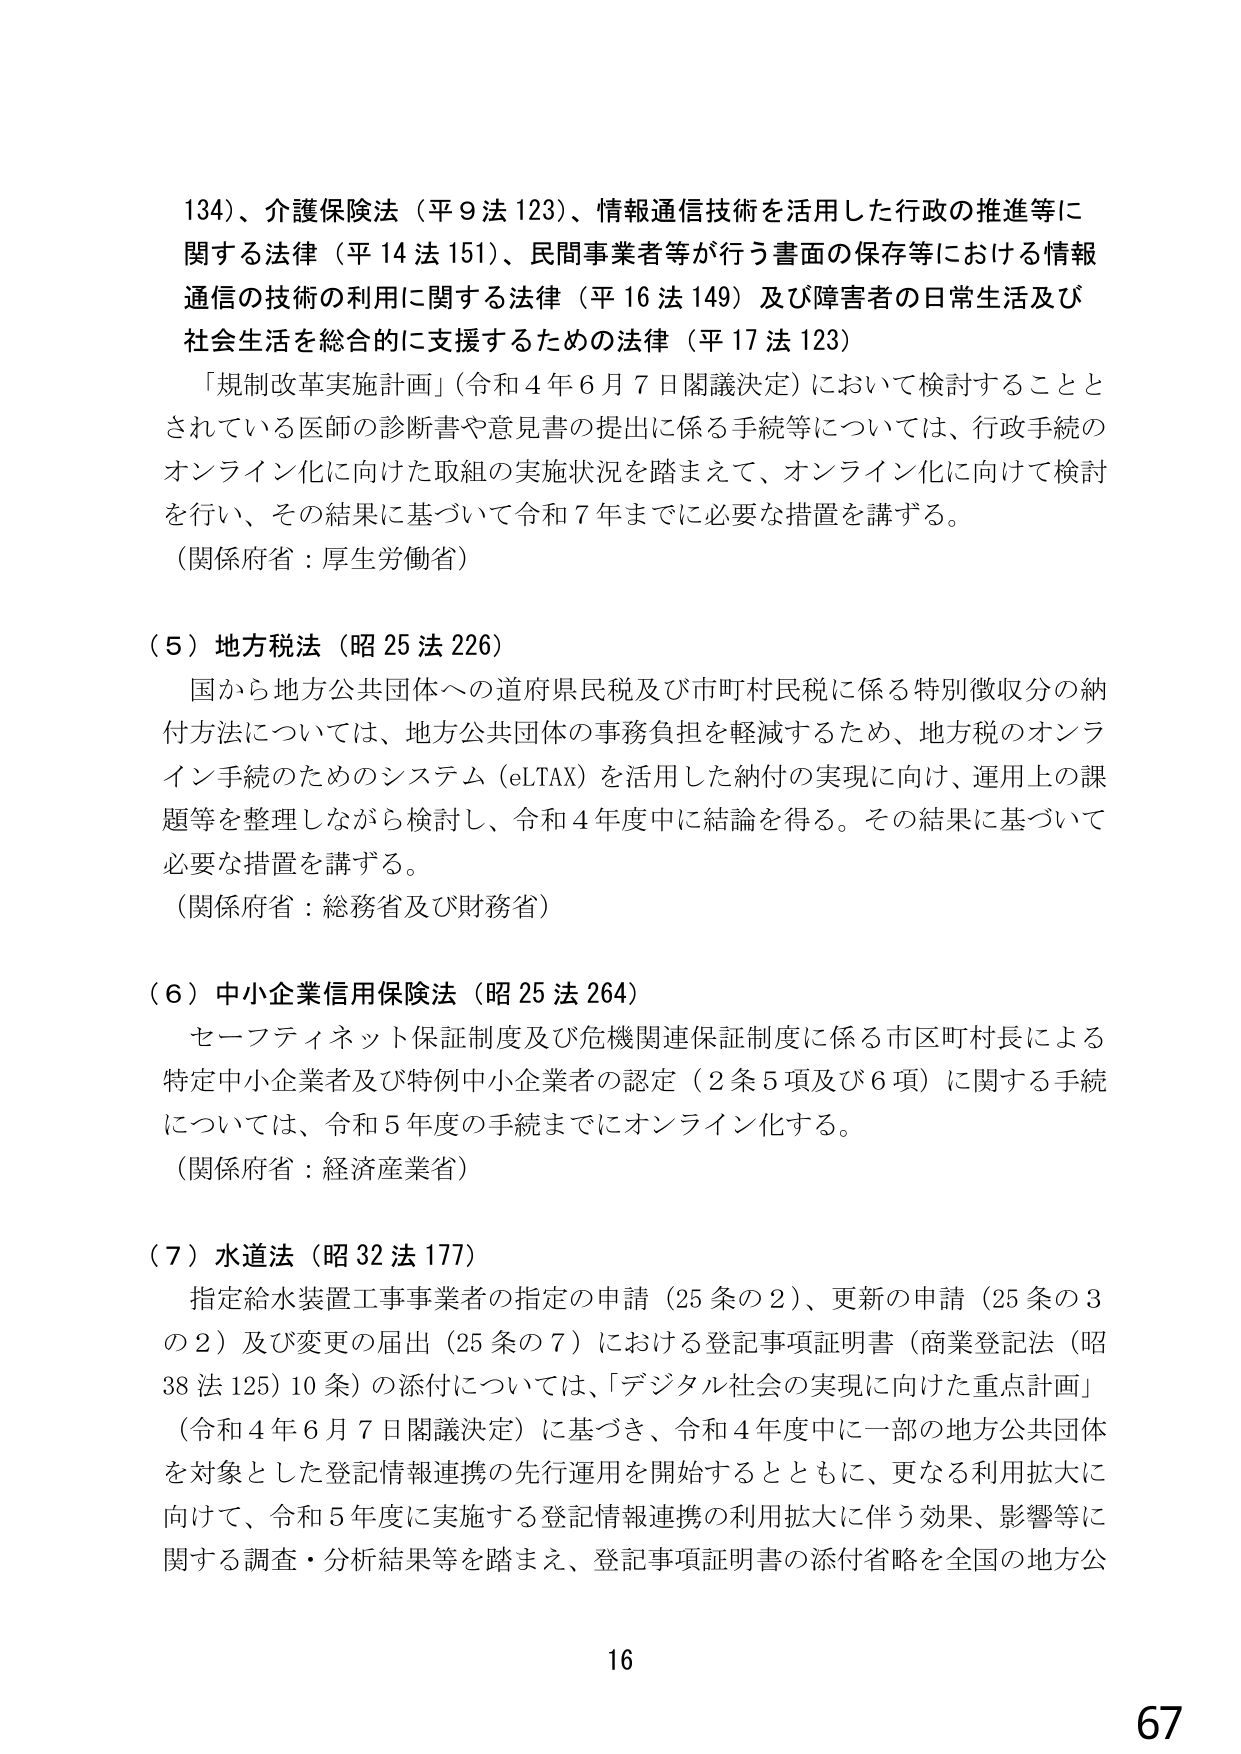
134）、介護保険法（平９法123）、情報通信技術を活用した行政の推進等に関する法律（平14法151）、民間事業者等が行う書面の保存等における情報通信の技術の利用に関する法律（平16法149）及び障害者の日常生活及び社会生活を総合的に支援するための法律（平17法123）

「規制改革実施計画」（令和4年6月7日閣議決定）において検討することとされている医師の診断書や意見書の提出に係る手続等については、行政手続のオンライン化に向けた取組の実施状況を踏まえて、オンライン化に向けて検討を行い、その結果に基づいて令和7年までに必要な措置を講ずる。

（関係府省：厚生労働省）

（５）地方税法（昭25法226）

国から地方公共団体への道府県民税及び市町村民税に係る特別徴収分の納付方法については、地方公共団体の事務負担を軽減するため、地方税のオンライン手続のためのシステム（eLTAX）を活用した納付の実現に向け、運用上の課題等を整理しながら検討し、令和4年度中に結論を得る。その結果に基づいて必要な措置を講ずる。

（関係府省：総務省及び財務省）

（６）中小企業信用保険法（昭25法264）

セーフティネット保証制度及び危機関連保証制度に係る市区町村長による特定中小企業者及び特例中小企業者の認定（2条5項及び6項）に関する手続については、令和5年度の手続までにオンライン化する。

（関係府省：経済産業省）

（７）水道法（昭32法177）

指定給水装置工事事業者の指定の申請（25条の2）、更新の申請（25条の3の2）及び変更の届出（25条の7）における登記事項証明書（商業登記法（昭38法125）10条）の添付については、「デジタル社会の実現に向けた重点計画」（令和4年6月7日閣議決定）に基づき、令和4年度中に一部の地方公共団体を対象とした登記情報連携の先行運用を開始するとともに、更なる利用拡大に向けて、令和5年度に実施する登記情報連携の利用拡大に伴う効果、影響等に関する調査・分析結果等を踏まえ、登記事項証明書の添付省略を全国の地方公

16

67